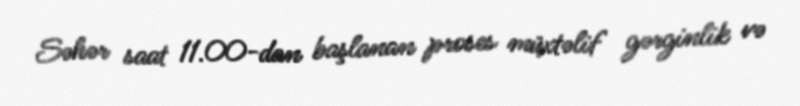
Səhər saat 11.00-dan başlanan proses müxtəlif gərginlik və